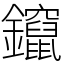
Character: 鑹